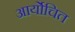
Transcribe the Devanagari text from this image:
आर्योचित